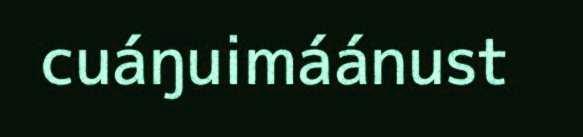
cuáŋuimáánust